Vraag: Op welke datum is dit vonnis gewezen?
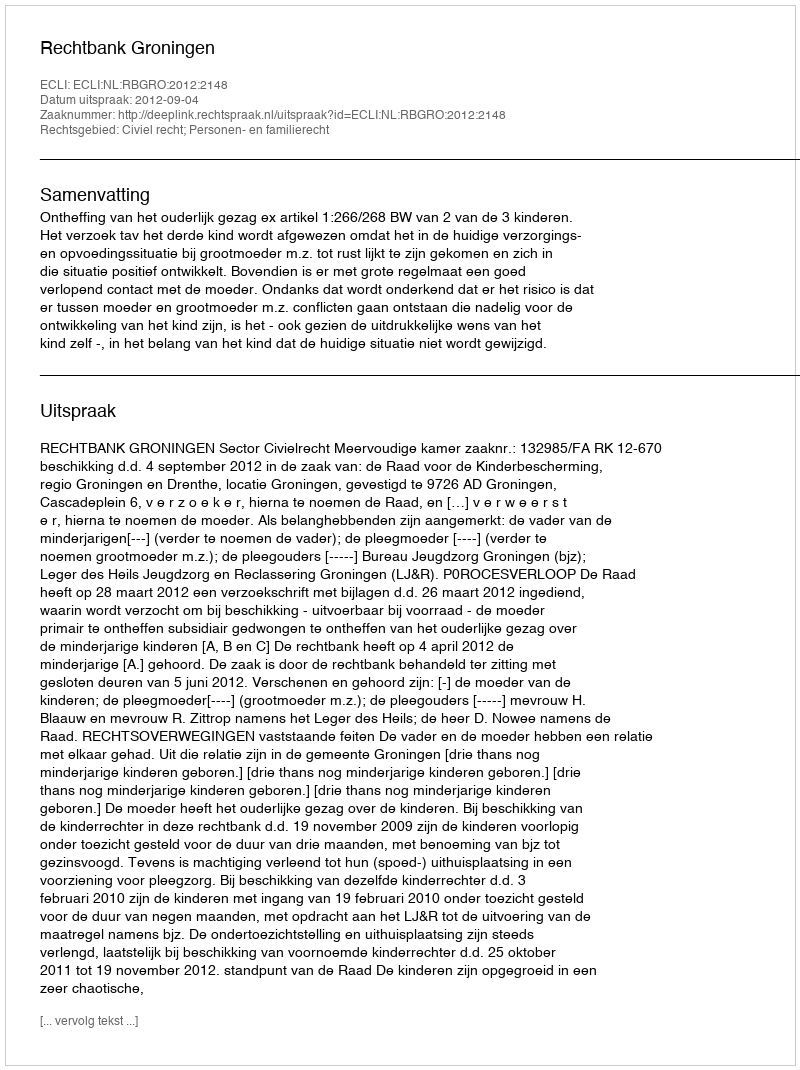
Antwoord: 2012-09-04